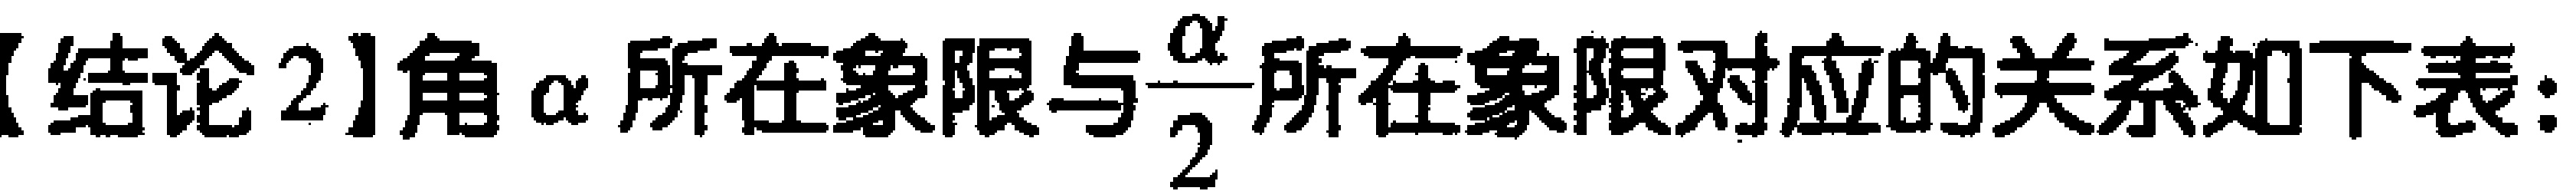
【结论 2】角 \(\alpha\) 所在象限与\(\dfrac{\alpha}{2}\)所在象限对应的关系如下表：